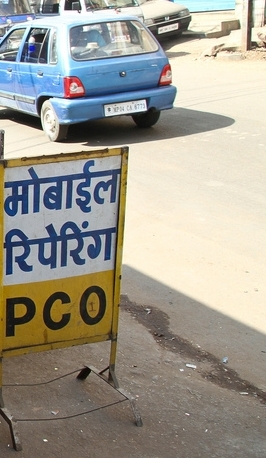
Language: hindi
Transcription: मोबाईल रिपेयरिंग